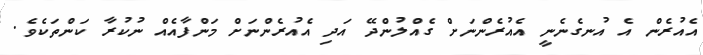
އެއުރެން އެ އުނގެނެނީ އެއުރެންނަށް ގެއްލުންދޭ އަދި އެއުރެންނަށް މަންފާއެއް ނުކުރާ ކަންތަކެވެ.